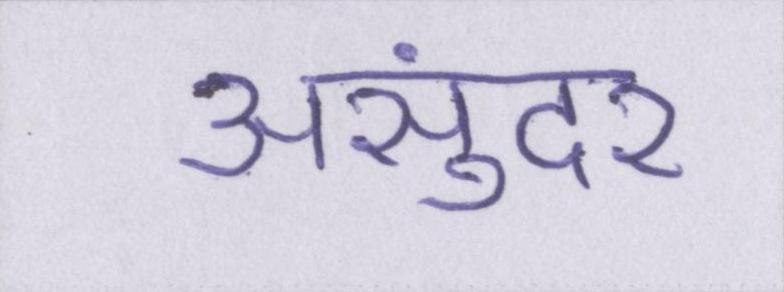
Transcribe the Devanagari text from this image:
असुंदर